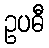
ဥပဓီ